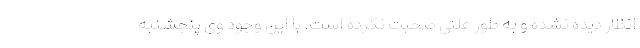
انظار دیده نشده و به طور علنی صحبت نکرده است. با این وجود وی پنجشنبه